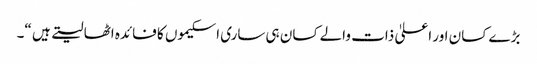
بڑے کسان اور اعلیٰ ذات والے کسان ہی ساری اسکیموں کا فائدہ اٹھا لیتے ہیں “۔